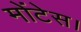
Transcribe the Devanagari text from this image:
मोंटेस।